Lunatic asylums Central Provinces reports 1886-1894 - 1886-1894
Year: 1886
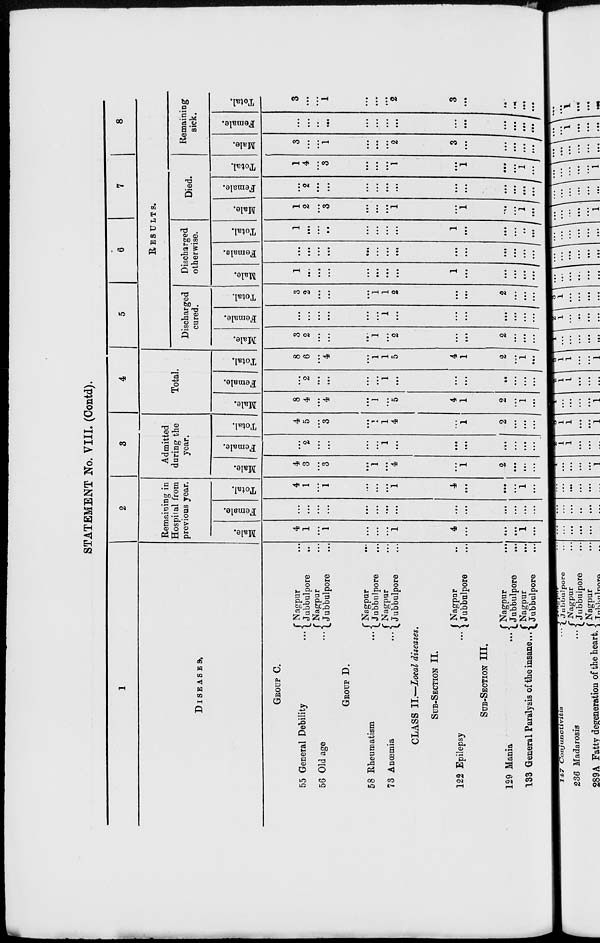
STATEMENT No. VIII. (Contd).
1
DISEASES.
GROUP C.
55 General Debility
...
56 Old age ...
Nagpur ...
Jubbulpore
...
Nagpur ...
Jubbulpore ...
GROUP D.
58 Rheumatism ...
73 Anœmia
...
Nagpur
...
Jubbulpore ...
Nagpur ...
Jubbulpore ...
CLASS II.—Local diseases.
SUB-SECTION II.
122 Epilepsy ...
Nagpur ...
Jubbulpore ...
SUB-SECTION III.
129 Mania
...
133 General Paralysis of the insane ...
Nagpur ...
Jubbulpore
...
Nagpur ...
Jubbulpore
...
2
Remaining in
Hospital from
previous year.
Male.
4
1
...
1
...
...
...
1
4
...
...
...
1
...
Female.
...
...
...
...
...
...
...
...
...
...
...
...
...
...
Total.
4
1
...
1
...
...
...
1
4
...
...
...
1
...
3
Admitted
during the
year.
Male.
4
3
...
3
...
1
...
4
...
1
2
...
...
...
Female.
...
2
...
...
...
...
1
...
...
...
...
...
...
...
Total.
4
5
...
3
...
1
1
4
...
1
2
...
...
...
4
Total.
Male.
8
4
...
4
...
1
...
5
4
1
2
...
1
...
Female.
...
2
...
...
...
...
1
...
...
...
...
...
...
...
Total.
8
6
...
4
...
1
1
5
4
1
2
...
1
...
5
6
7
8
RESULTS.
Discharged
cured.
Male.
3
2
...
...
...
1
...
2
...
...
2
...
...
...
Female.
...
...
...
...
...
...
1
...
...
...
...
...
...
...
Total.
3
2
...
...
...
1
1
2
...
...
2
...
...
...
Discharged
otherwise.
Male.
1
...
...
...
...
...
...
...
1
...
...
...
...
...
Female.
...
...
...
...
...
...
...
...
...
...
...
...
...
...
Total.
1
...
...
...
...
...
...
...
1
...
...
...
...
...
Died.
Male.
1
2
...
3
...
...
...
1
...
1
...
...
1
...
Female.
...
2
...
...
...
...
...
...
...
...
...
...
...
...
Total.
1
4
...
3
...
...
...
1
...
1
...
...
1
...
Remaining
sick.
Male.
3
...
...
1
...
...
...
2
3
...
...
...
...
...
Female.
...
...
..
...
...
...
...
...
...
...
...
...
...
...
Total.
3
...
...
1
...
...
...
2
3
...
...
...
...
...